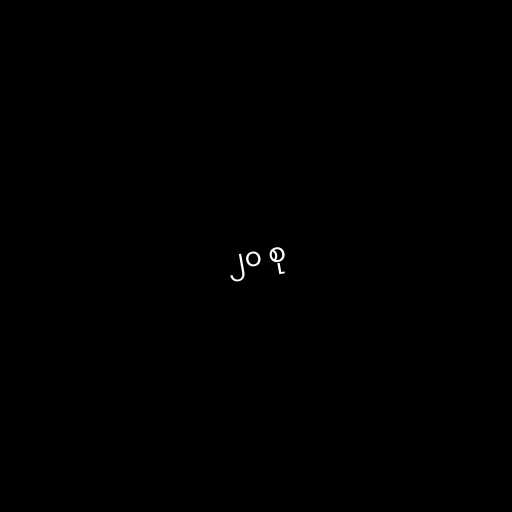
၂၀ စု